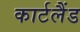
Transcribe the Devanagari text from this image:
कार्टलैंड